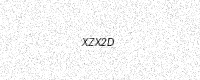
Text: XZX2D